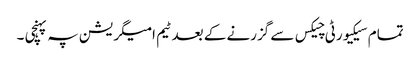
تمام سیکیورٹی چیکس سے گزرنے کے بعد ٹیم امیگریشن پہ پہنچی ۔